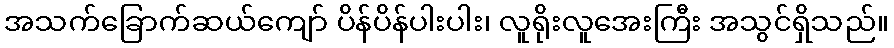
အသက်ခြောက်ဆယ်ကျော် ပိန်ပိန်ပါးပါး၊ လူရိုးလူအေးကြီး အသွင်ရှိသည်။